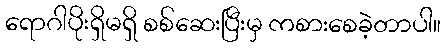
ရောဂါပိုးရှိမရှိ စစ်ဆေးပြီးမှ ကစားစေခဲ့တာပါ။